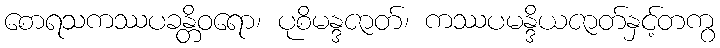
စောရသကဿပခန္တိဝရော၊ ပုစိမန္ဒဇာတ်၊ ကဿပမန္ဒိယဇာတ်နှင့်တကွ